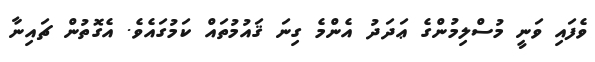
ވެފައި ވަނީ މުސްލިމުންގެ ޢަދަދު އެންމެ ގިނަ ޤައުމުތައް ކަމުގައެވެ. އެގޮތުން ޗައިނާ